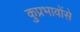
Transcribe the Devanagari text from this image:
कुप्रभावोंसे